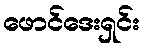
ဖောင်ဒေးရှင်း